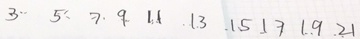
3 , 5 , 7 , 9 , 1 1 , 1 3 , 1 5 , 1 7 , 1 9 , 2 1